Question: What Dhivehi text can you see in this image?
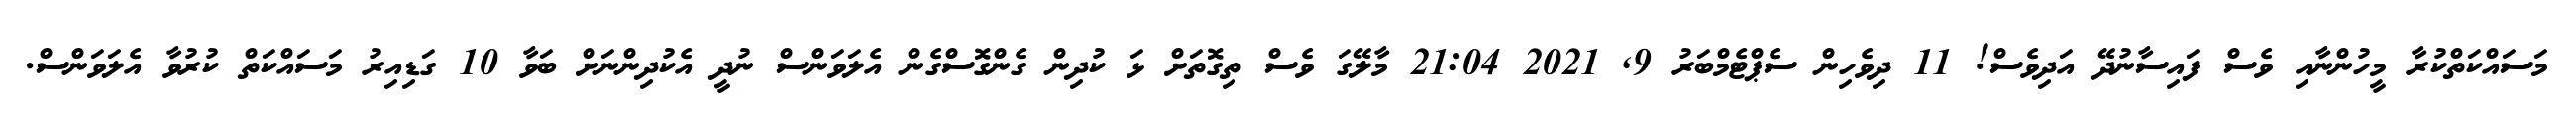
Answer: މަސައްކަތްކުރާ މީހުންނާއި ވެސް ފައިސާނުދޭ އަދިވެސް! 11 ދިވެހިން ސެޕްޓެމްބަރު 9, 2021 21:04 މާލޭގަ ވެސް ތިގޮތަށް ޅަ ކުދިން ގެންގޮސްގެން އެލަވަންސް ނުދީ އެކުދިންނަށް ބަވާ 10 ގަޑިއިރު މަސައްކަތް ކުރުވާ އެލަވަންސް.